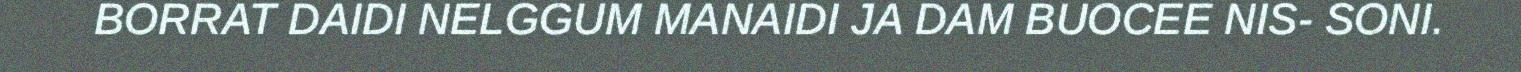
BORRAT DAIDI NELGGUM MANAIDI JA DAM BUOCEE NIS- SONI.